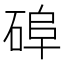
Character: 𥓭